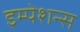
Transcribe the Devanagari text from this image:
इम्पेशन्स